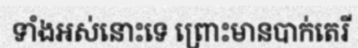
ទាំងអស់នោះទេ ព្រោះមានបាក់តេរី